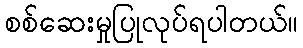
စစ်ဆေးမှုပြုလုပ်ရပါတယ်။